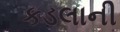
કડલાની